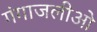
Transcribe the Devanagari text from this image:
गंगाजलीओ